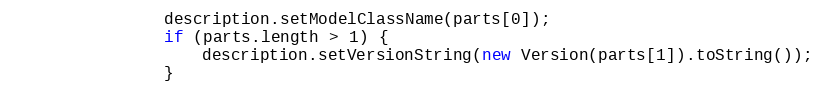
Language: Java
                description.setModelClassName(parts[0]);
                if (parts.length > 1) {
                    description.setVersionString(new Version(parts[1]).toString());
                }